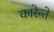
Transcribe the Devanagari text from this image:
कारेन्ते